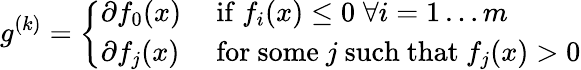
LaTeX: g^{(k)}={\left\{ \begin{array}{ll}{\partial f_{0}(x)}&{{\mathrm{~if~}}f_{i}(x)\leq 0\; \forall i=1\dots m}\\ {\partial f_{j}(x)}&{{\mathrm{~for~some~}}j{\mathrm{~such~that~}}f_{j}(x)>0}\end{array}\right.}